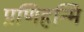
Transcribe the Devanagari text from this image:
प्रणिहन्मि